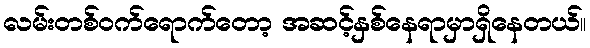
လမ်းတစ်ဝက်ရောက်တော့ အဆင့်နှစ်နေရာမှာရှိနေတယ်။